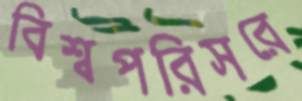
বিশ্বপরিসরে